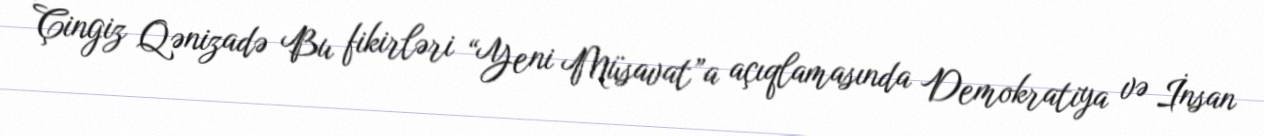
Çingiz Qənizadə Bu fikirləri “Yeni Müsavat”a açıqlamasında Demokratiya və İnsan